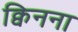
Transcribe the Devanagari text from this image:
क्विनना